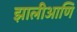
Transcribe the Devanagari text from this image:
झालीआणि